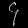
Digit: ၄